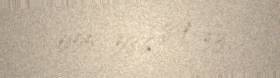
055 586 89 53